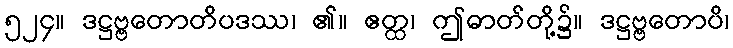
၅၂၄။ ဒဋ္ဌဗ္ဗတောတိပဒဿ၊ ၏။ ဧတ္ထ၊ ဤဓာတ်တို့၌။ ဒဋ္ဌဗ္ဗတောပိ၊